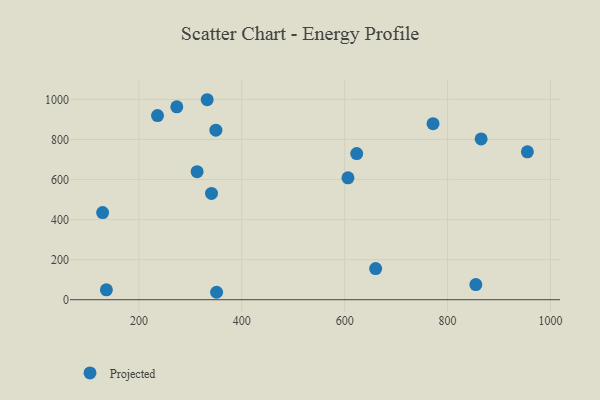
{"axis": {"x": "Ad Spend", "y": "Salary"}, "legend": ["Projected"], "data": [{"x": "351.0", "y": 37.1, "type": "Projected"}, {"x": "855.0", "y": 75.5, "type": "Projected"}, {"x": "606.4", "y": 608.3, "type": "Projected"}, {"x": "341.1", "y": 530.9, "type": "Projected"}, {"x": "273.6", "y": 963.1, "type": "Projected"}, {"x": "313.1", "y": 639.4, "type": "Projected"}, {"x": "955.2", "y": 738.3, "type": "Projected"}, {"x": "349.6", "y": 846.3, "type": "Projected"}, {"x": "136.7", "y": 49.4, "type": "Projected"}, {"x": "129.4", "y": 434.8, "type": "Projected"}, {"x": "771.8", "y": 878.9, "type": "Projected"}, {"x": "623.4", "y": 729.7, "type": "Projected"}, {"x": "660.2", "y": 155.4, "type": "Projected"}, {"x": "865.3", "y": 802.6, "type": "Projected"}, {"x": "332.7", "y": 998.5, "type": "Projected"}, {"x": "236.1", "y": 919.4, "type": "Projected"}]}